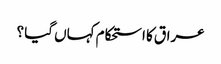
عراق کا استحکام کہاں گیا ؟